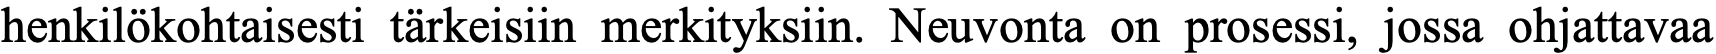
henkilökohtaisesti tärkeisiin merkityksiin. Neuvonta on prosessi, jossa ohjattavaa